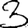
Digit: 3